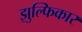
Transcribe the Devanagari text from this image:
झुल्फिकार